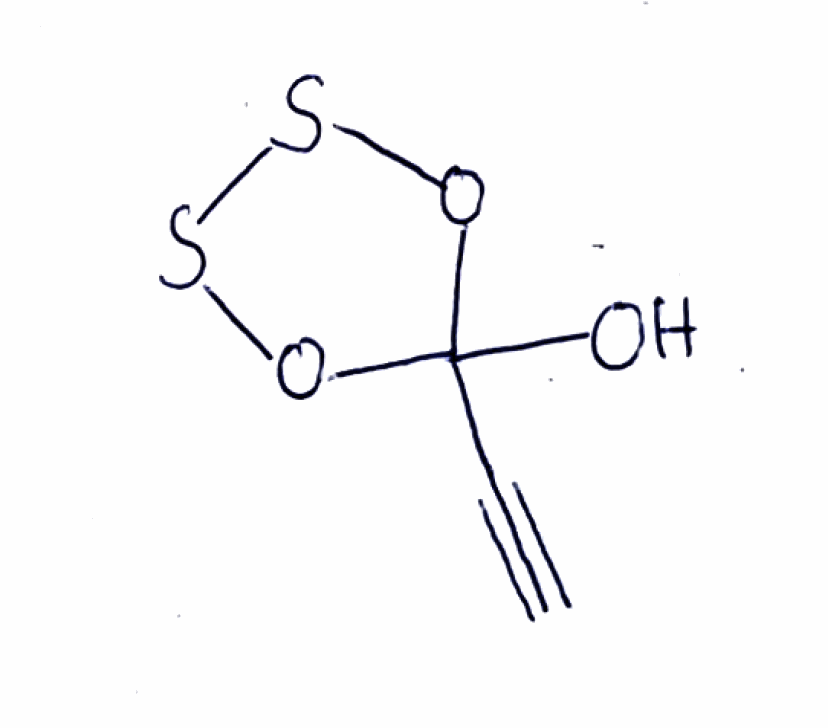
Simplified molecular-input line-entry system (SMILES) notation of the given molecule:
C#CC1(OSSO1)O